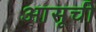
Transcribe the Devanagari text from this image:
आसूची